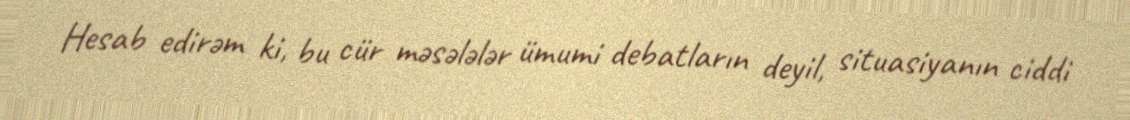
Hesab edirəm ki, bu cür məsələlər ümumi debatların deyil, situasiyanın ciddi